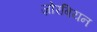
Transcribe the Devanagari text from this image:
ज़ोरबियन